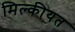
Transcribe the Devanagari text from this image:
मिल्कीयत